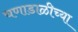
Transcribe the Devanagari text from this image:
चणाडाळीच्या